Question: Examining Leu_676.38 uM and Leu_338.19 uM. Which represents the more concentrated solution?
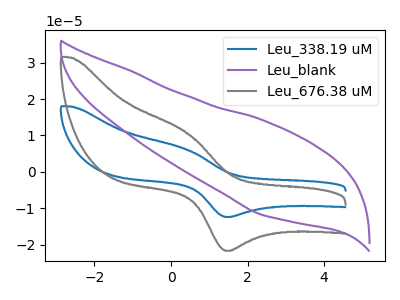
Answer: <think>The blue curve "Leu_338.19 uM" has an anodic peak at (0.40V, 6.25uA) and a cathodic peak at (1.50V, -12.40uA). The purple curve "Leu_blank" has no peaks. The gray curve "Leu_676.38 uM" has an anodic peak at (0.40V, 10.90uA) and a cathodic peak at (1.50V, -21.65uA).
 All the peaks in "Leu_676.38 uM" have a peak in "Leu_338.19 uM" at the same potential. Every peak in "Leu_676.38 uM" is higher than every peak in "Leu_338.19 uM".</think>
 <answer>"Leu_676.38 uM" has more signal than "Leu_338.19 uM" and so likely has a higher concentration.</answer>
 <eval>more_concentration</eval>